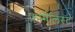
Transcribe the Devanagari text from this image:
फ़ार्मलिस्ट